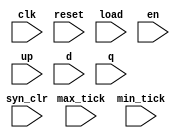
//Listing 7.18
//Chapter 7
//Page 207
//Copyright 2008

module bin_monitor
    #( 
      parameter N = 3
     )
    (
     input wire clk, reset,
     input wire syn_clr, load, en, up,
     input wire [N-1:0] d,
     input wire max_tick, min_tick,
     input wire [N-1:0] q
    );
    
    reg [N-1:0] q_old, d_old, gold;
    reg syn_clr_old, en_old, load_old, up_old;
    reg [39:0] err_msg;         // 5-letter message
    
    initial     // head
        $display("time  syn_clr/load/en/up  q\n");
    always @(posedge clk)
    begin
        // _old:  the value sampled at the previous clock edge
        syn_clr_old     <= syn_clr;
        en_old          <= en;
        load_old        <= load;
        up_old          <= up;
        q_old           <= q;
        d_old           <= d;
        
        // calculate the desired "gold" value
        if (syn_clr_old)
            gold = 0;
        else if (load_old)
            gold = d_old;
        else if (en_old & up_old)
            gold = q_old + 1;
        else if (en_old & ~up_old)
            gold = q_old - 1;
        else
            gold = q_old;
        
        // error message
        if (q == gold)
            err_msg = "     ";      // five blanks, test passes
        else
            err_msg = "ERROR";      // result fails
        //
        $display("%5d,  %b%b%b%b    %d  %s", $time, syn_clr, load, en, up, q, err_msg);
    end
    
endmodule           // bin_monitor